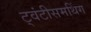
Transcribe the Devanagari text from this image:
ट्वंटीसमथिंग